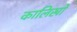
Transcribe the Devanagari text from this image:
कालिखो